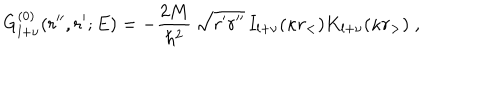
G _ { l + \nu } ^ { ( 0 ) } ( r ^ { \prime \prime } , r ^ { \prime } ; E ) = - \frac { 2 M } { \hbar ^ { 2 } } \, \sqrt { r ^ { \prime } r ^ { \prime \prime } } \, I _ { l + \nu } ( \kappa r _ { < } ) K _ { l + \nu } ( \kappa r _ { > } ) \; ,